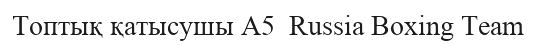
Топтық қатысушы A5  Russia Boxing Team